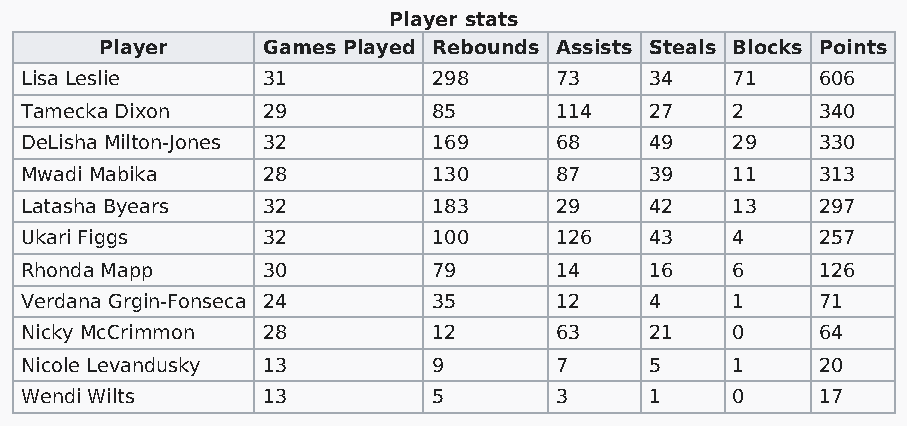
Player stats
 Player    Games Played Rebounds Assists Steals Blocks Points
 Lisa Leslie     31          298     73    34   71    606
 Tamecka Dixon   29          85      114   27   2     340
 DeLisha Milton-Jones 32     169     68    49   29    330
 Mwadi Mabika    28          130     87    39   11    313
 Latasha Byears  32          183     29    42   13    297
 Ukari Figgs     32          100     126   43   4     257
 Rhonda Mapp     30          79      14    16   6     126
 Verdana Grgin-Fonseca 24    35      12    4    1     71
 Nicky McCrimmon 28          12      63    21   0     64
 Nicole Levandusky 13        9       7     5    1     20
 Wendi Wilts     13          5       3     1    0     17